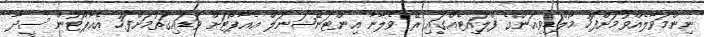
ނިންމަވާލެއްވުމަށްފަހު މޯލްޑިވިއަންގެ ފްލައިޓެއްގައި ރޭ ވެލާނާ އިންޓަނޭޝަނަލް އެއާޕޯޓަށް ވަޑައިގަތުމަށްފަހު އެއާޕޯޓުން ސީދާ